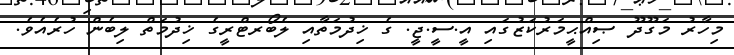
މިހާރު މަގޫދޫ ޞިއްޙީމަރުކަޒުގައި އީ.ސީ.ޖީ. ގެ ޚިދުމަތާއި ލެބޯރޓްރީގެ ޚިދުމަތް ލިބެން ހުރެއެވެ.